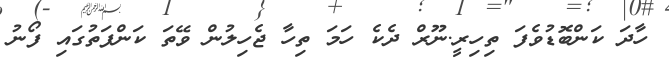
ހާދަ ކަންބޮޑުވެފަ ތިހިރީ.ނޫރް ދެކެ ހަމަ ތިހާ ޖެހިލުން ވޭތަ ކަންފަތުގައި ފޯނު